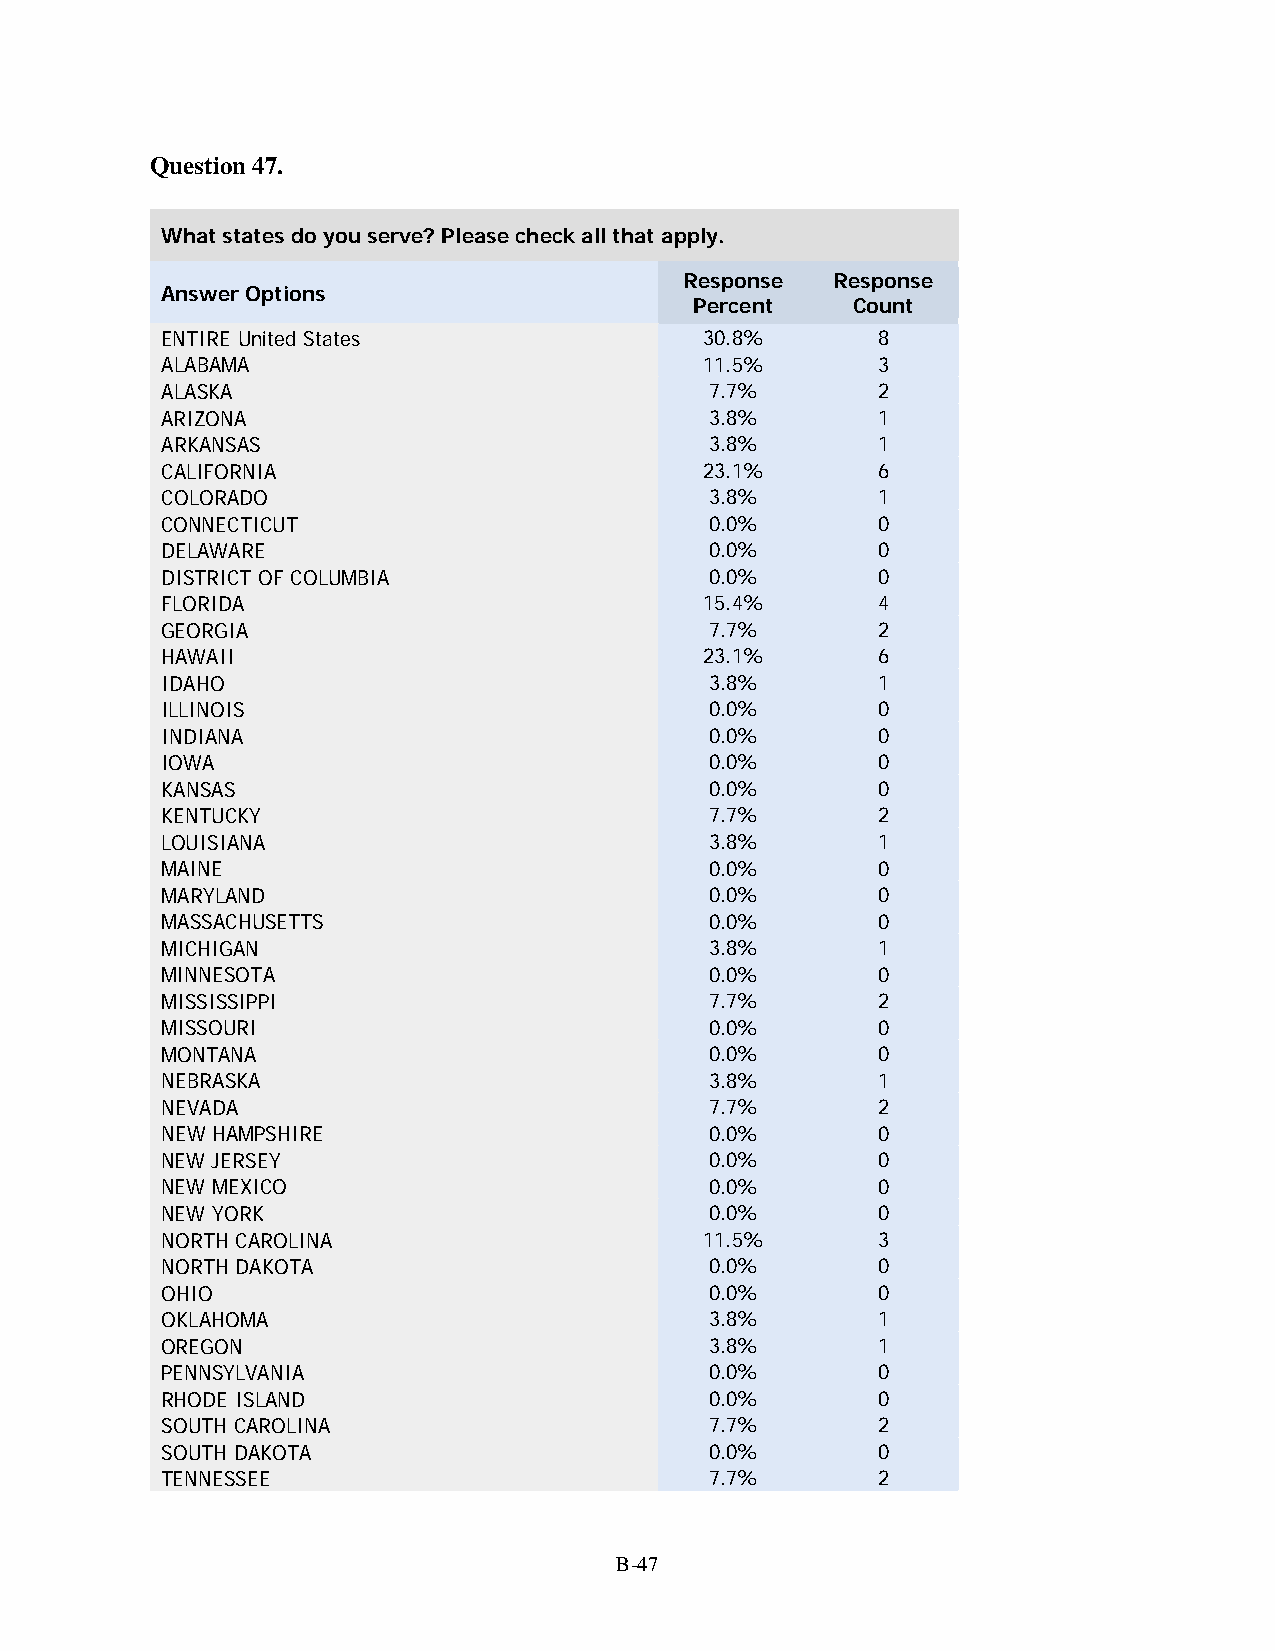
Question 47.
 What states do you serve? Please check all that apply.
 Response  Response
 Answer Options
 Percent   Count
 ENTIRE United States                30.8%      8
 ALABAMA                             11.5%      3
 ALASKA                              7.7%       2
 ARIZONA                             3.8%       1
 ARKANSAS                            3.8%       1
 CALIFORNIA                          23.1%      6
 COLORADO                            3.8%       1
 CONNECTICUT                         0.0%       0
 DELAWARE                            0.0%       0
 DISTRICT OF COLUMBIA                0.0%       0
 FLORIDA                             15.4%      4
 GEORGIA                             7.7%       2
 HAWAII                              23.1%      6
 IDAHO                               3.8%       1
 ILLINOIS                            0.0%       0
 INDIANA                             0.0%       0
 IOWA                                0.0%       0
 KANSAS                              0.0%       0
 KENTUCKY                            7.7%       2
 LOUISIANA                           3.8%       1
 MAINE                               0.0%       0
 MARYLAND                            0.0%       0
 MASSACHUSETTS                       0.0%       0
 MICHIGAN                            3.8%       1
 MINNESOTA                           0.0%       0
 MISSISSIPPI                         7.7%       2
 MISSOURI                            0.0%       0
 MONTANA                             0.0%       0
 NEBRASKA                            3.8%       1
 NEVADA                              7.7%       2
 NEW HAMPSHIRE                       0.0%       0
 NEW JERSEY                          0.0%       0
 NEW MEXICO                          0.0%       0
 NEW YORK                            0.0%       0
 NORTH CAROLINA                      11.5%      3
 NORTH DAKOTA                        0.0%       0
 OHIO                                0.0%       0
 OKLAHOMA                            3.8%       1
 OREGON                              3.8%       1
 PENNSYLVANIA                        0.0%       0
 RHODE ISLAND                        0.0%       0
 SOUTH CAROLINA                      7.7%       2
 SOUTH DAKOTA                        0.0%       0
 TENNESSEE                           7.7%       2
 B-47